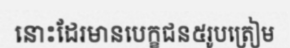
នោះដែរមានបេក្ខជន៥រូបត្រៀម